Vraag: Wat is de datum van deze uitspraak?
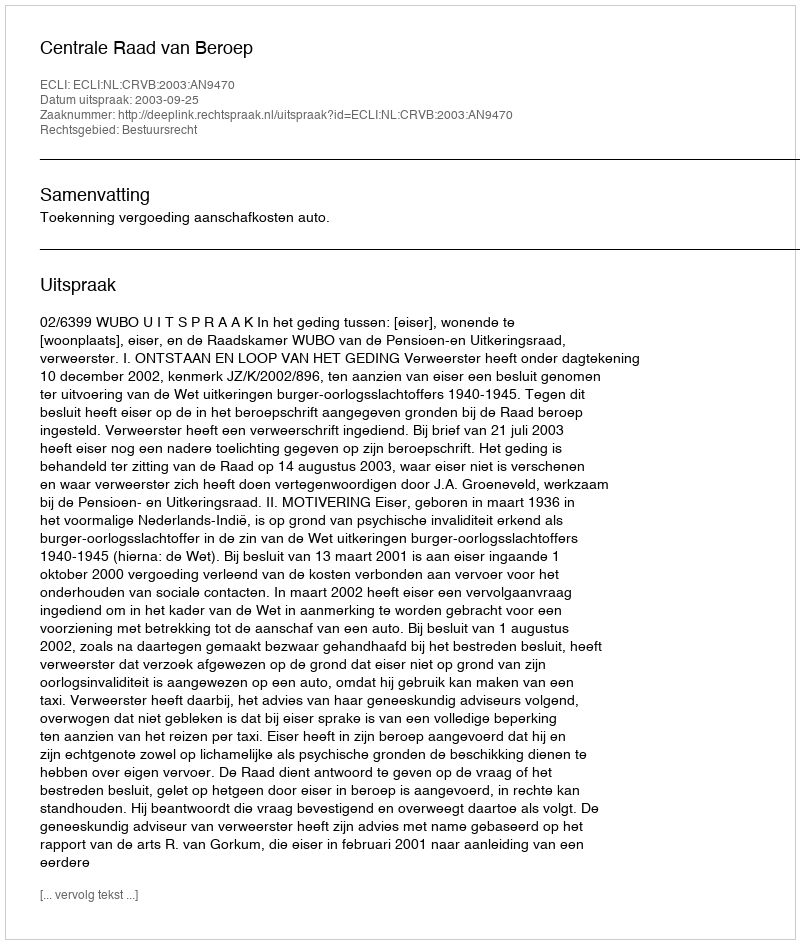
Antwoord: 2003-09-25